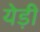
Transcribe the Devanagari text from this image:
येड़ी